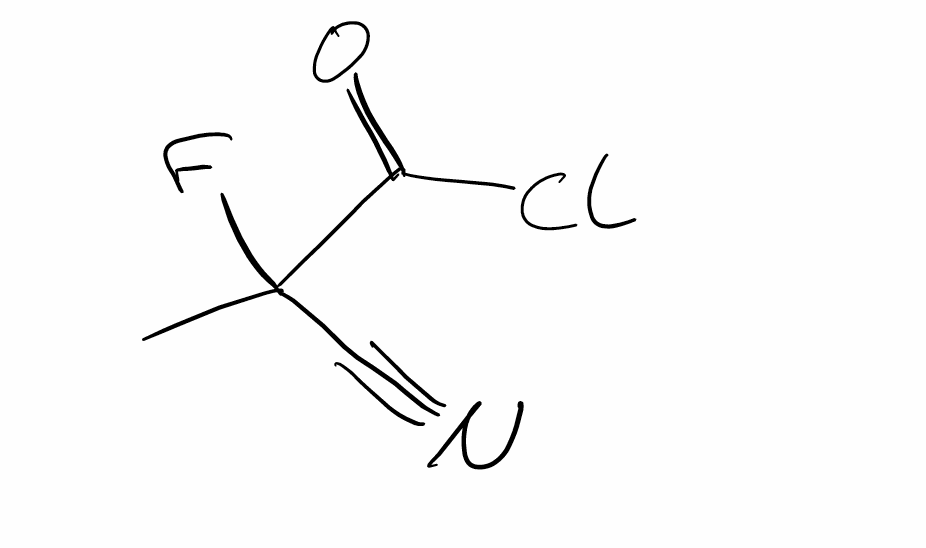
Simplified molecular-input line-entry system (SMILES) notation of the given molecule:
CC(C#N)(C(=O)Cl)F